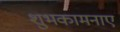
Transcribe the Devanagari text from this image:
शुभकामनाए